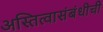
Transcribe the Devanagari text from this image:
अस्तित्वासंबंधीची